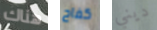
هناك كفاح ديني